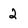
Character: 2